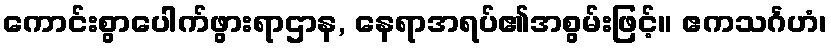
ကောင်းစွာပေါက်ဖွားရာဌာန, နေရာအရပ်၏အစွမ်းဖြင့်။ ဧကသင်္ဂဟံ၊